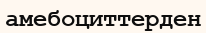
амебоциттерден